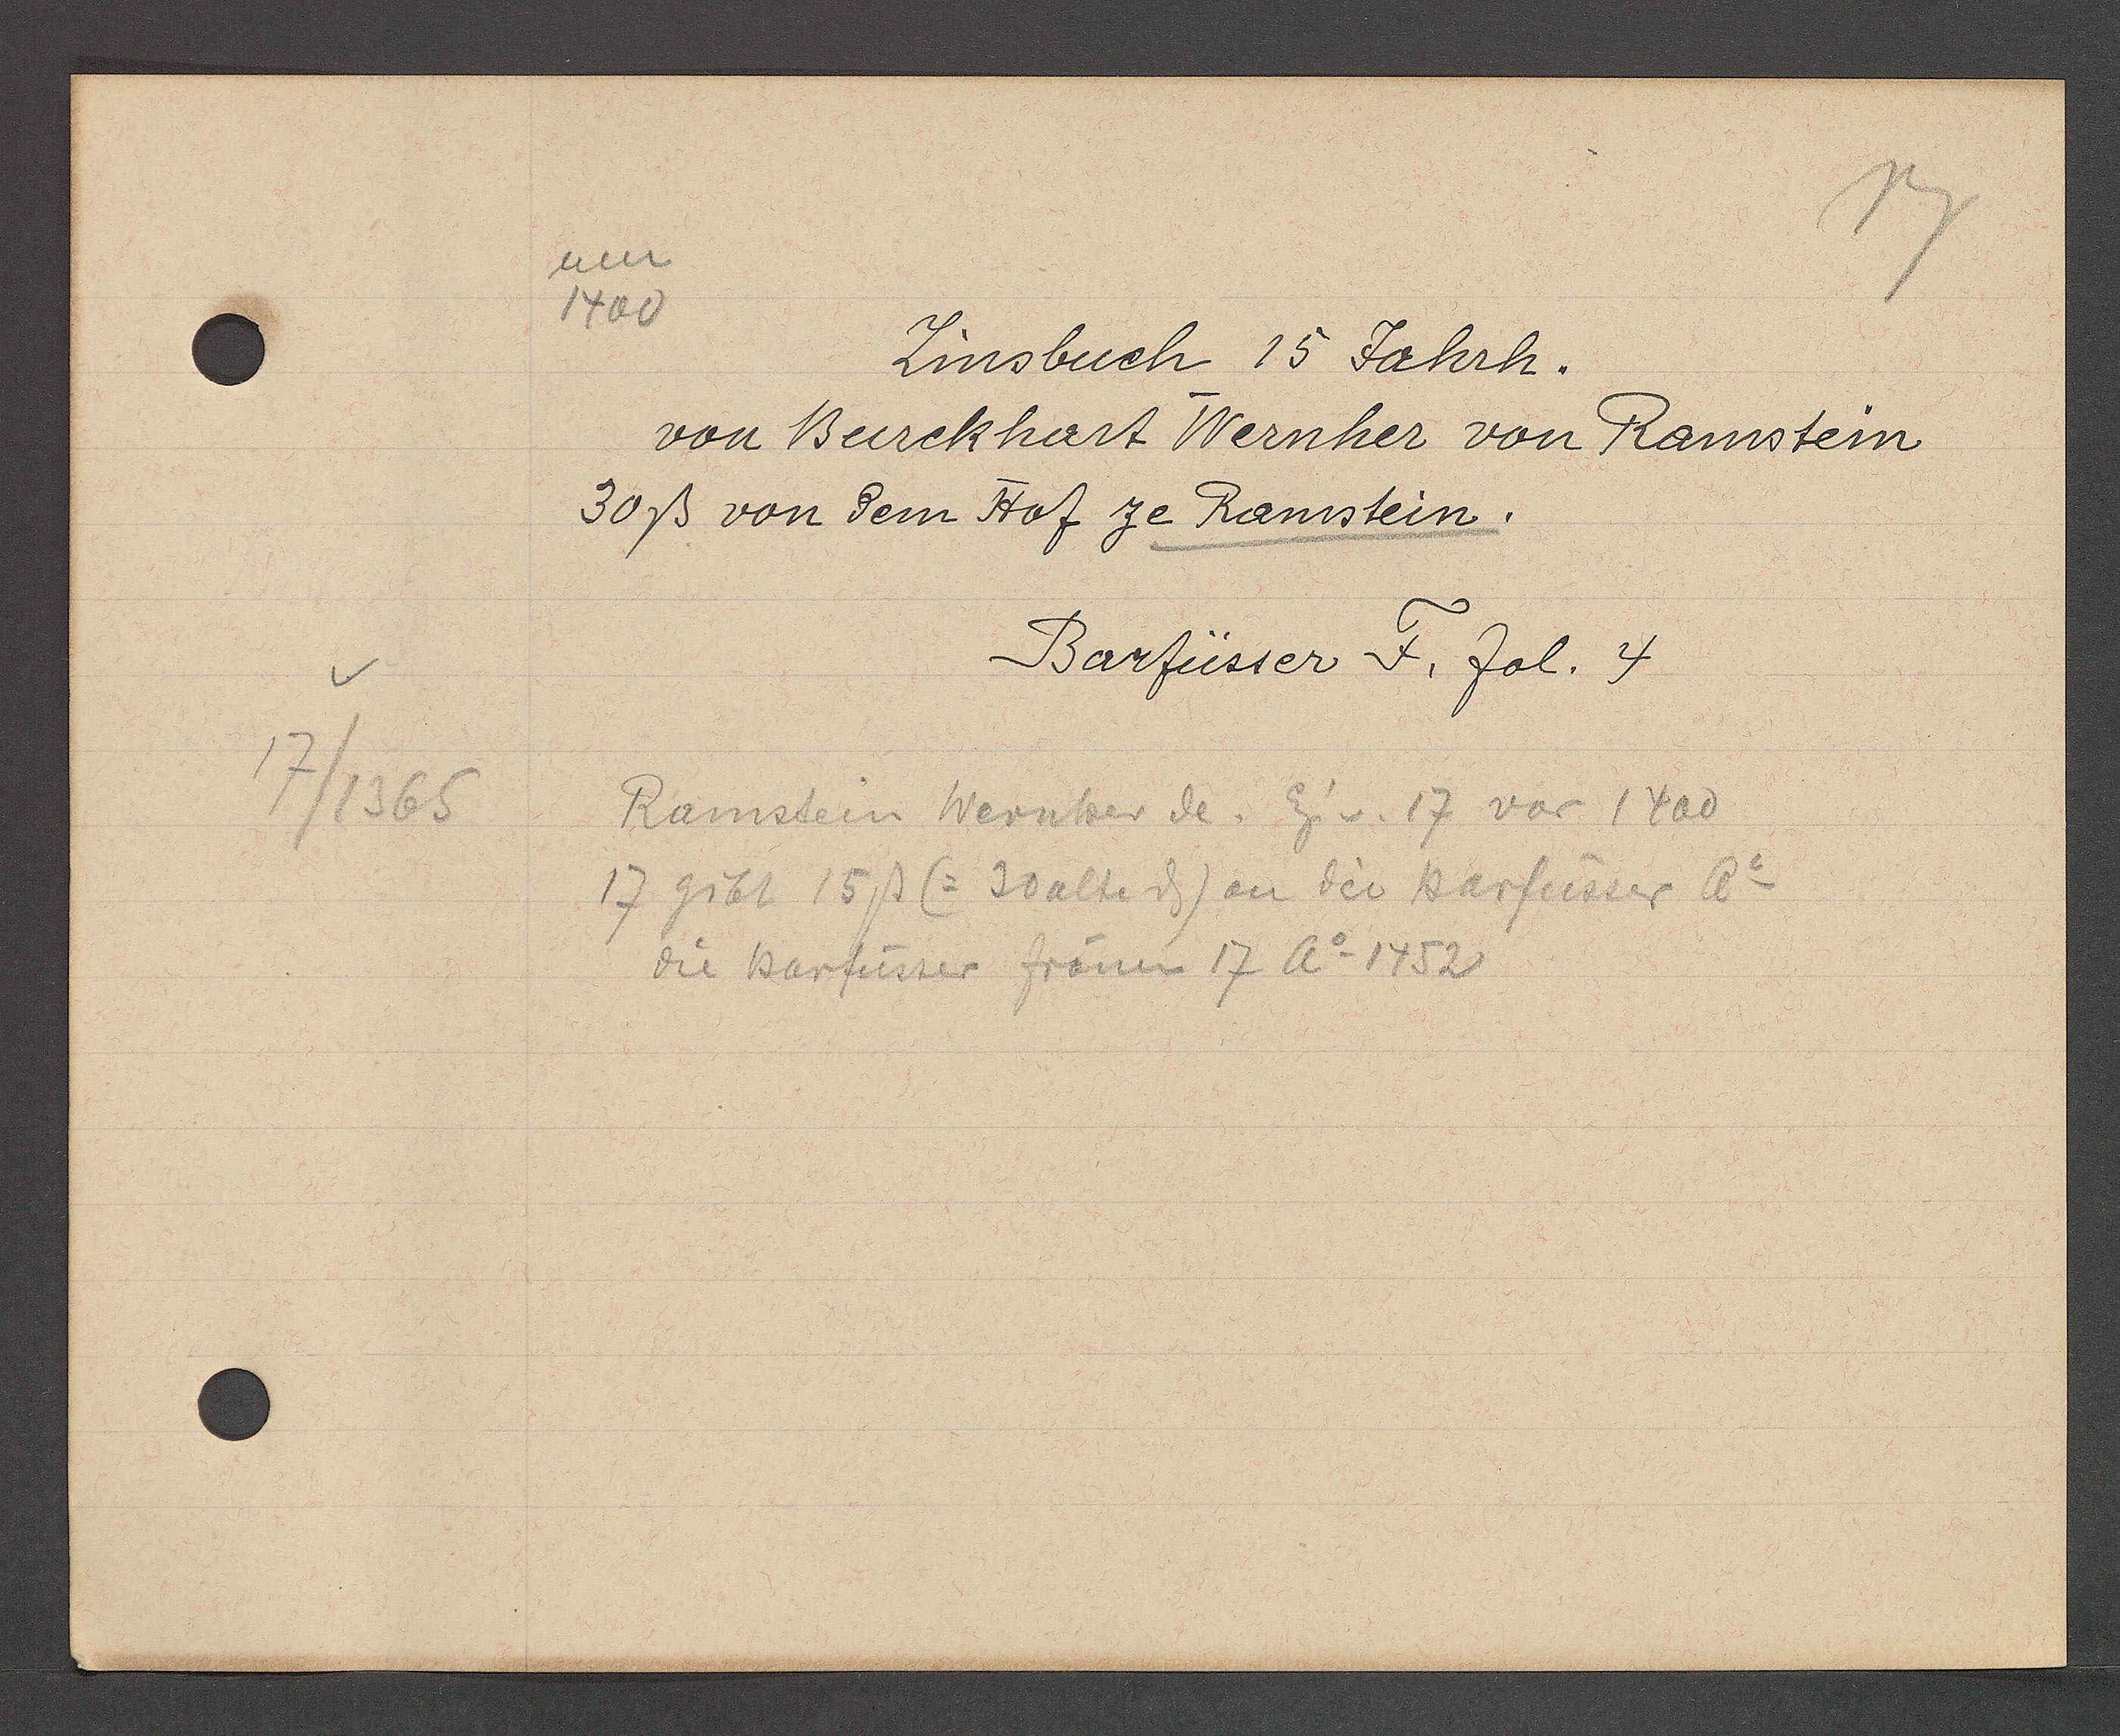
Transcript:
17/1365

um
1400

Zinsbuch 15 Jahrh.
von Burckhart Wernher von Ramstein
30ß von dem Hof ze Ramstein.

Barfüsser F. fol. 4

Ramstein Wernher de. Eig v. 17 vor 1400
17 gibt 15ß (= 30 alte ȡ) an die Barfüsser Ao
die Barfüsser frönen 17 Ao 1452